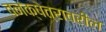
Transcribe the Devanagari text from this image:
वनक्षेत्रावरील